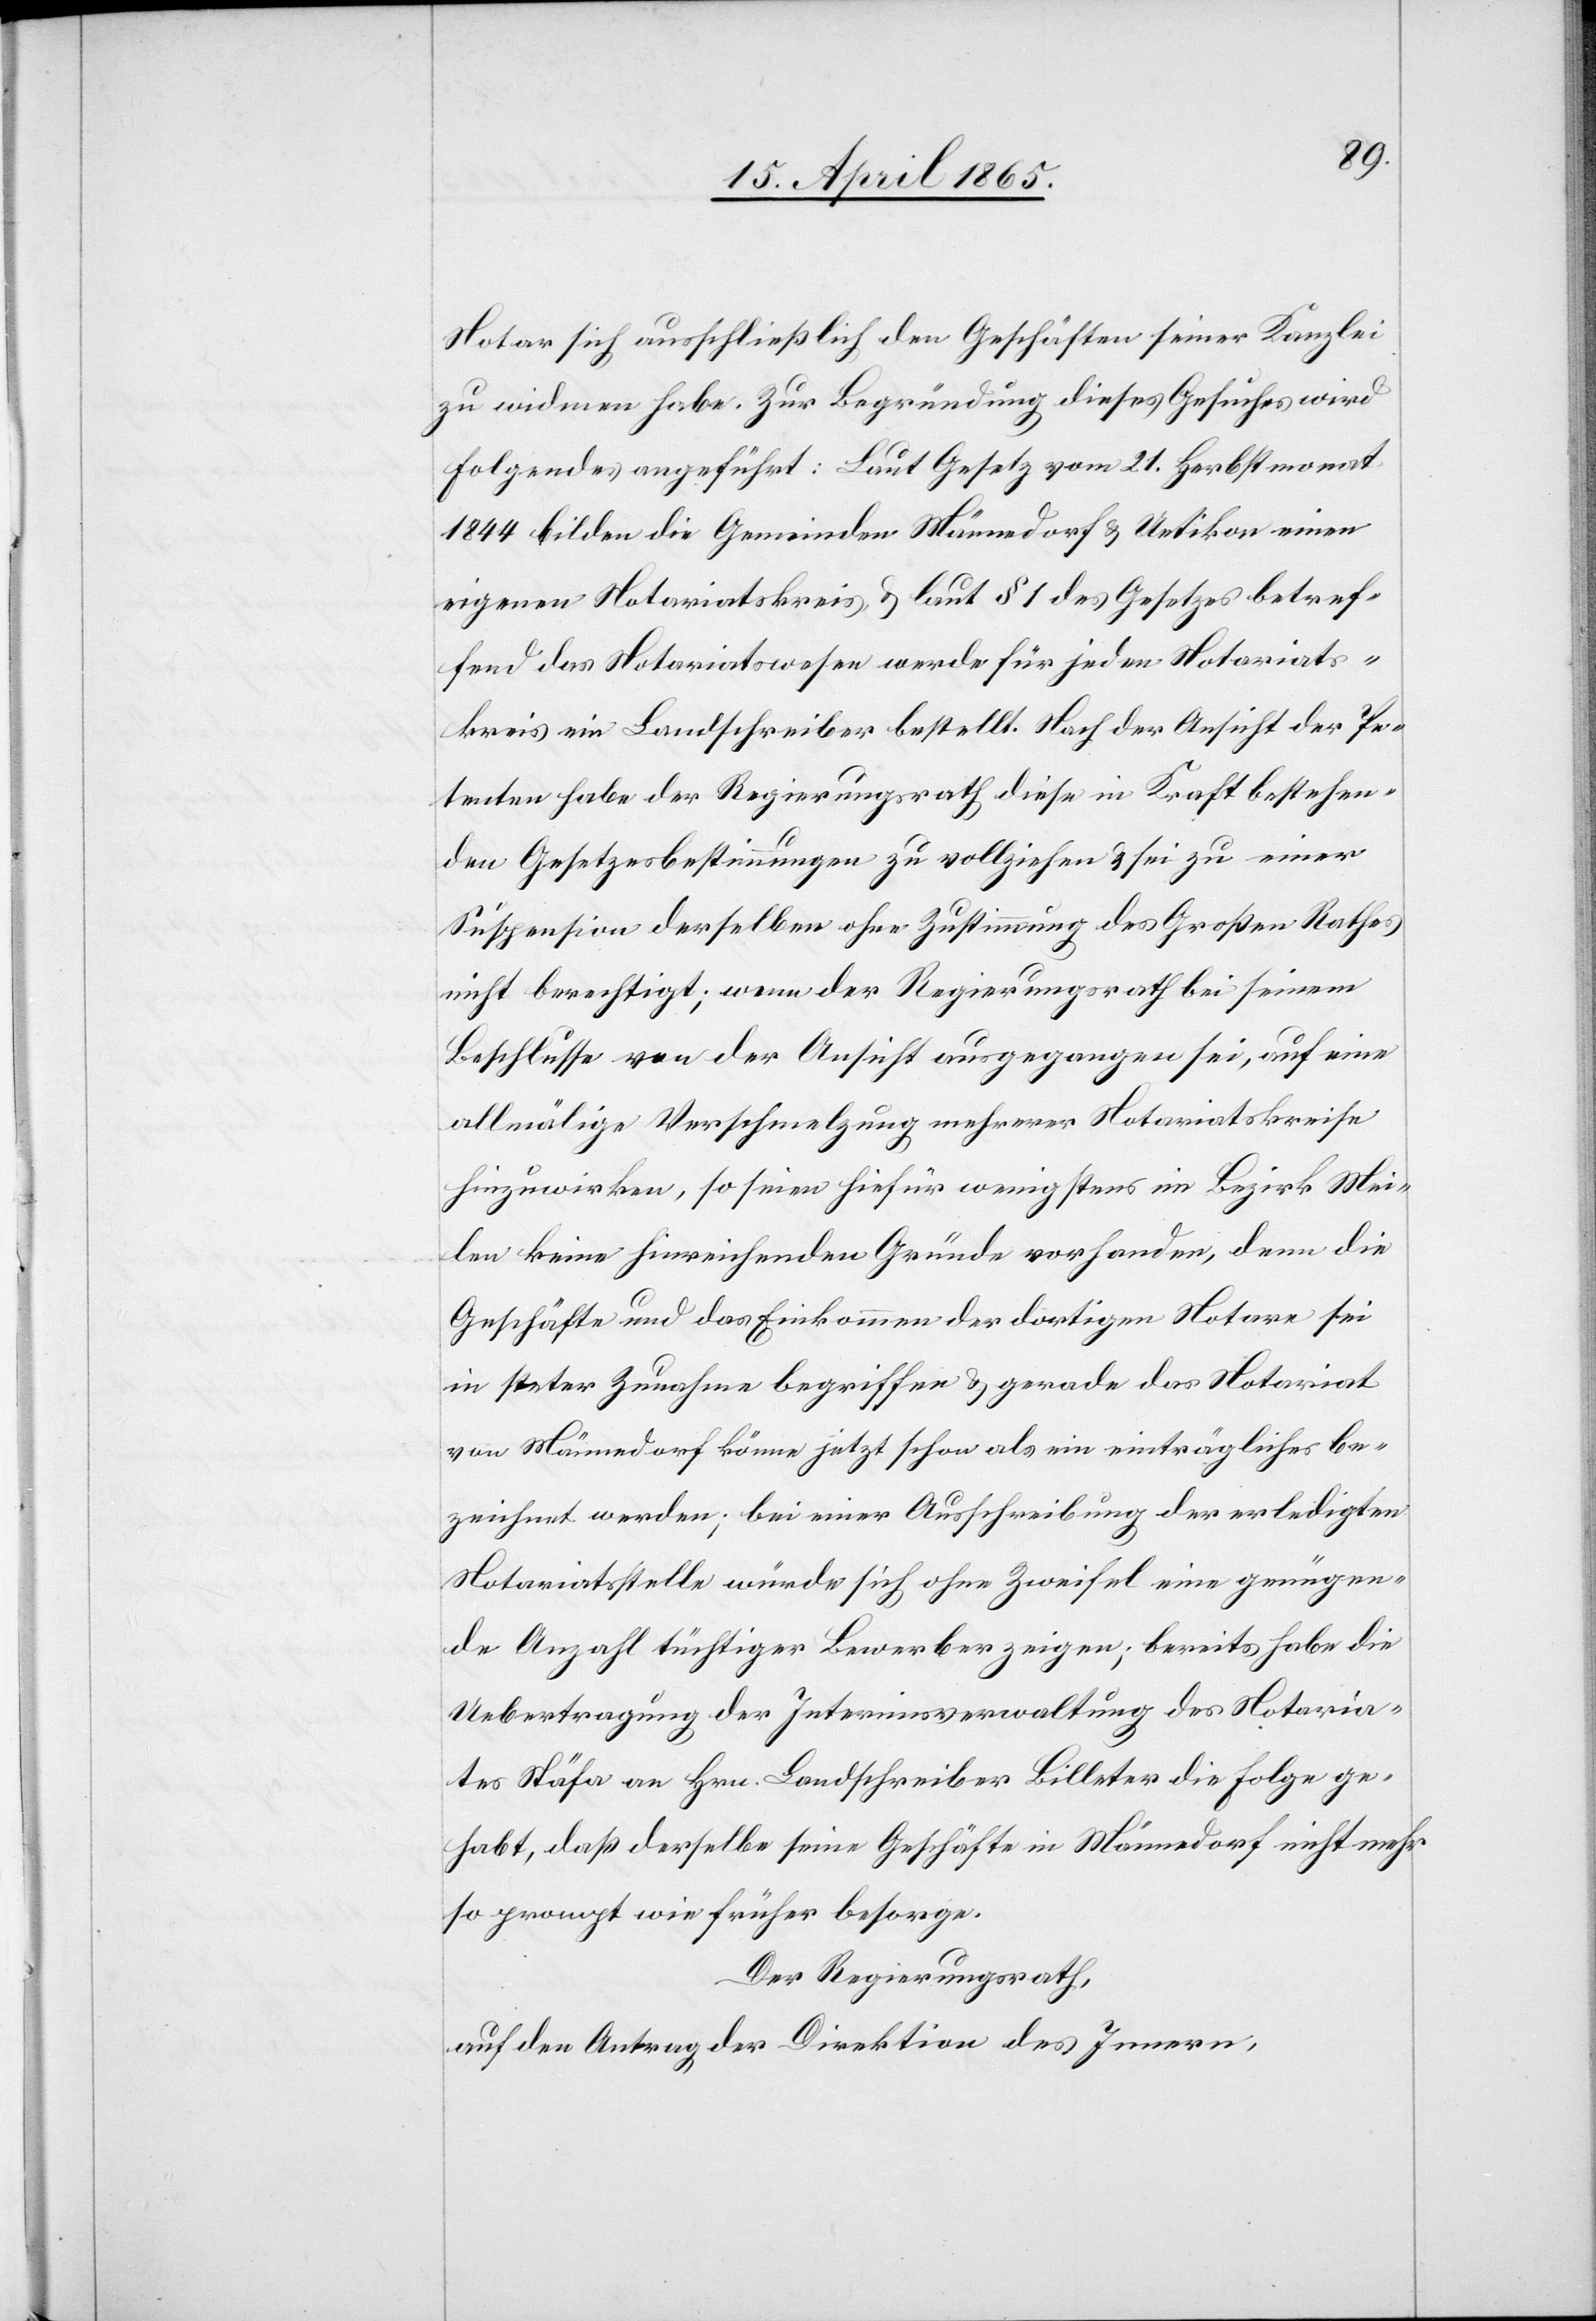
Notar sich ausschließlich den Geschäften seiner Kanzlei
zu widmen habe. Zur Begründung dieses Gesuches wird
Folgendes angeführt: Laut Gesetz vom 21. Herbstmonat
1844 bilden die Gemeinden Männedorf & Uetikon einen
eigenen Notariatskreis & laut § 1 des Gesetzes betref¬
fend das Notariatswesen werde für jeden Notariats¬
kreis ein Landschreiber bestellt. Nach der Ansicht der Pe¬
tenten habe der Regierungsrath diese in Kraft bestehen¬
den Gesetzesbestimmungen zu vollziehen & sei zu einer
Suspension derselben ohne Zustimmung des Großen Rathes
nicht berechtigt; wenn der Regierungsrath bei seinem
Beschlusse von der Ansicht ausgegangen sei, auf eine
allmälige Verschmelzung mehrerer Notariatskreise
hinzuwirken, so seien hiefür wenigstens im Bezirk Mei¬
len keine hinreichenden Gründe vorhanden, denn die
Geschäfte und das Einkommen der dortigen Notare sei
in steter Zunahme begriffen & gerade das Notariat
von Männedorf könne jetzt schon als ein einträgliches be¬
zeichnet werden; bei einer Ausschreibung der erledigten
Notariatsstelle würde sich ohne Zweifel eine genügen¬
de Anzahl tüchtiger Bewerber zeigen; bereits habe die
Uebertragung der Interimsverwaltung des Notaria¬
tes Stäfa an Hrn. Landschreiber Billeter die Folge ge¬
habt, daß derselbe seine Geschäfte in Männedorf nicht mehr
so prompt wie früher besorge.
Der Regierungsrath,
auf den Antrag der Direktion des Innern,